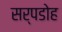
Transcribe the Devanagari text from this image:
सर्पडोह